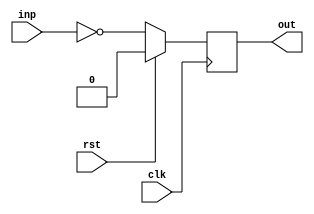
module bar(clk, rst, inp, out);
  input  wire clk;
  input  wire rst;
  input  wire inp;
  output reg  out;

  always @(posedge clk)
    if (rst) out <= 1'd0;
    else     out <= ~inp;

endmodule

module foo(clk, rst, inp, out);
  input  wire clk;
  input  wire rst;
  input  wire inp;
  output wire out;

  bar bar_instance ( (* clock_connected *) clk, rst, (* this_is_the_input *) inp, out);
endmodule